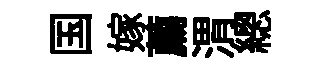
国嫁薦渭總